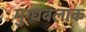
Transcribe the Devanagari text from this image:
मुग्धबलाक